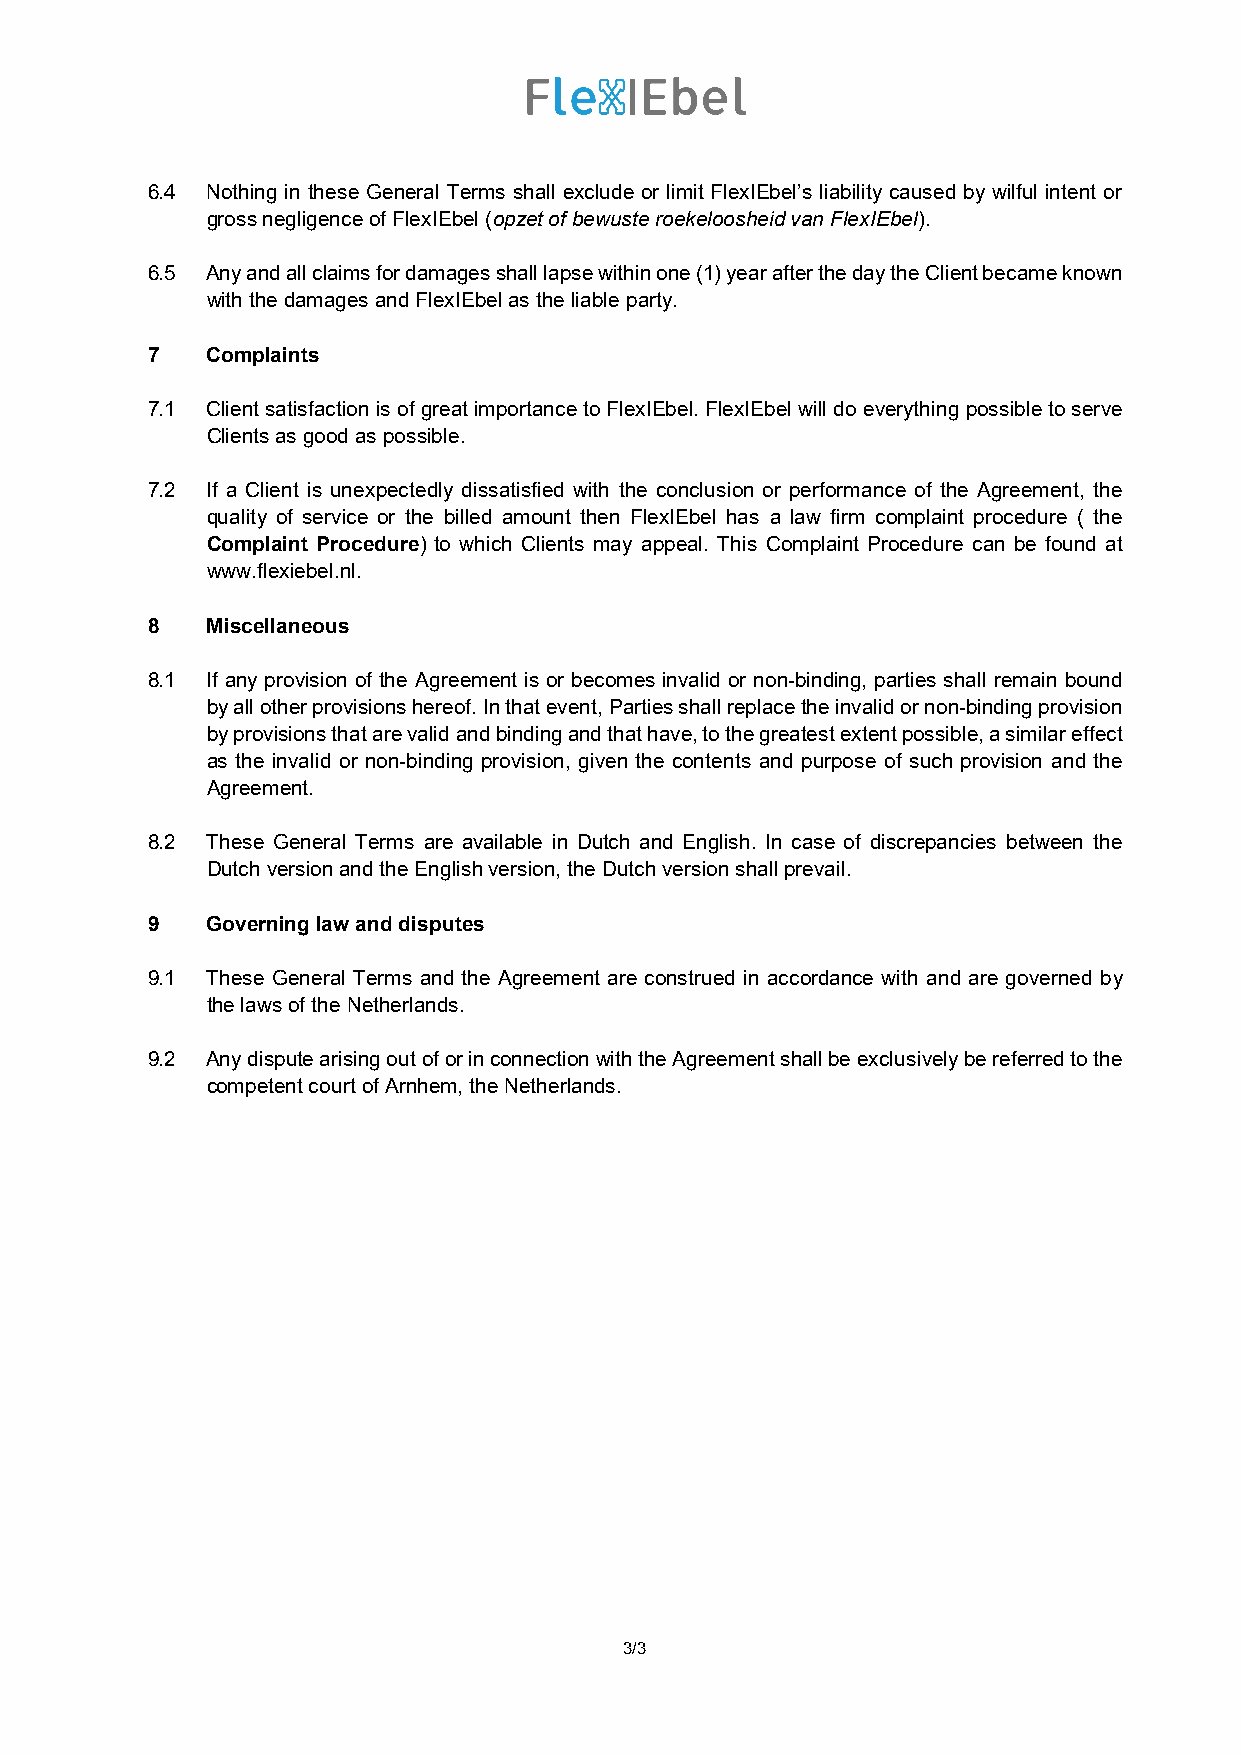
6.4 Nothing in these General Terms shall exclude or limit FlexIEbel’s liability caused by wilful intent or
 gross negligence of FlexIEbel (opzet of bewuste roekeloosheid van FlexIEbel).
 6.5 Any and all claims for damages shall lapse within one (1) year after the day the Client became known
 with the damages and FlexIEbel as the liable party.
 7   Complaints
 7.1 Client satisfaction is of great importance to FlexIEbel. FlexIEbel will do everything possible to serve
 Clients as good as possible.
 7.2 If a Client is unexpectedly dissatisfied with the conclusion or performance of the Agreement, the
 quality of service or the billed amount then FlexIEbel has a law firm complaint procedure ( the
 Complaint Procedure) to which Clients may appeal. This Complaint Procedure can be found at
 www.flexiebel.nl.
 8   Miscellaneous
 8.1 If any provision of the Agreement is or becomes invalid or non-binding, parties shall remain bound
 by all other provisions hereof. In that event, Parties shall replace the invalid or non-binding provision
 by provisions that are valid and binding and that have, to the greatest extent possible, a similar effect
 as the invalid or non-binding provision, given the contents and purpose of such provision and the
 Agreement.
 8.2 These General Terms are available in Dutch and English. In case of discrepancies between the
 Dutch version and the English version, the Dutch version shall prevail.
 9   Governing law and disputes
 9.1 These General Terms and the Agreement are construed in accordance with and are governed by
 the laws of the Netherlands.
 9.2 Any dispute arising out of or in connection with the Agreement shall be exclusively be referred to the
 competent court of Arnhem, the Netherlands.
 3/3